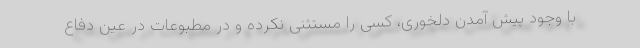
با وجود پیش آمدن دلخوری، کسی را مستثنی نکرده و در مطبوعات در عین دفاع